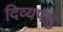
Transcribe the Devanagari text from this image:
दिव्यपशु